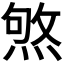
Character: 𤋥